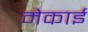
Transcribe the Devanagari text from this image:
मेकाई